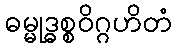
ဓမ္မုဒ္ဓစ္စဝိဂ္ဂဟိတံ